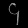
Digit: ၄